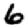
Digit: 6